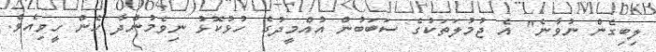
ލިބިގެން ނުވާނެ" އެ ޖުމުލަތަކުގެ ސަބަބުން އުއްމީދުގެ ހުޅުކޮޅު ނިވެމުންދާ ހެން ހީވިއެވެ.